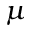
\mu